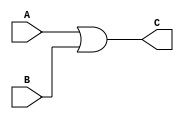
module myOR(A, B, C);
  input A, B;
  output C;

  or (C, A, B);
endmodule

module myand_test();
  reg X, Y;
  wire Z;

  initial
    begin
      #100 X = 0;	Y = 0;
	#100 X = 0;	Y = 1;
	#100 X = 1; Y = 1;
	#100 X = 1; Y = 0;
	#100 $stop;
    end

  myOR someOR (X, Y, Z);
endmodule